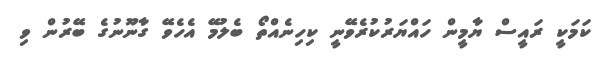
ކަމަކީ ރައީސް ޔާމީން ހައްޔަރުކުރެވޭނީ ކިހިނެއްތޯ ބެލުމޭ އެހެވޭ ގާނޫނުގެ ބޭރުން ވި